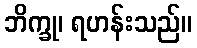
ဘိက္ခု၊ ရဟန်းသည်။